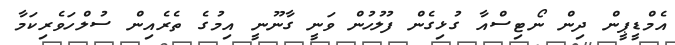
އެމްޑީޕީން ދިން ނޯޓިސްއާ ގުޅިގެން ފުލުހުން ވަނީ ގާނޫނީ އިމުގެ ތެރެއިން ސުލްހަވެރިކަމާ